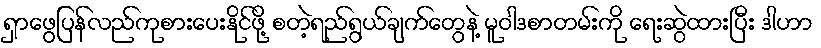
ရှာဖွေပြန်လည်ကုစားပေးနိုင်ဖို့ စတဲ့ရည်ရွယ်ချက်တွေနဲ့ မူဝါဒစာတမ်းကို ရေးဆွဲထားပြီး ဒါဟာ